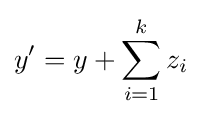
y'=y+\sum _{i=1}^{k}z_{i}